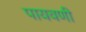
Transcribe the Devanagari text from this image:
पायवणी